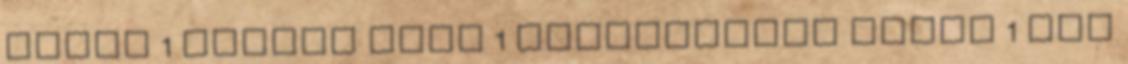
Judit 1 Felkai Ádám 1 Kosztolányi Dezső 1 Meg